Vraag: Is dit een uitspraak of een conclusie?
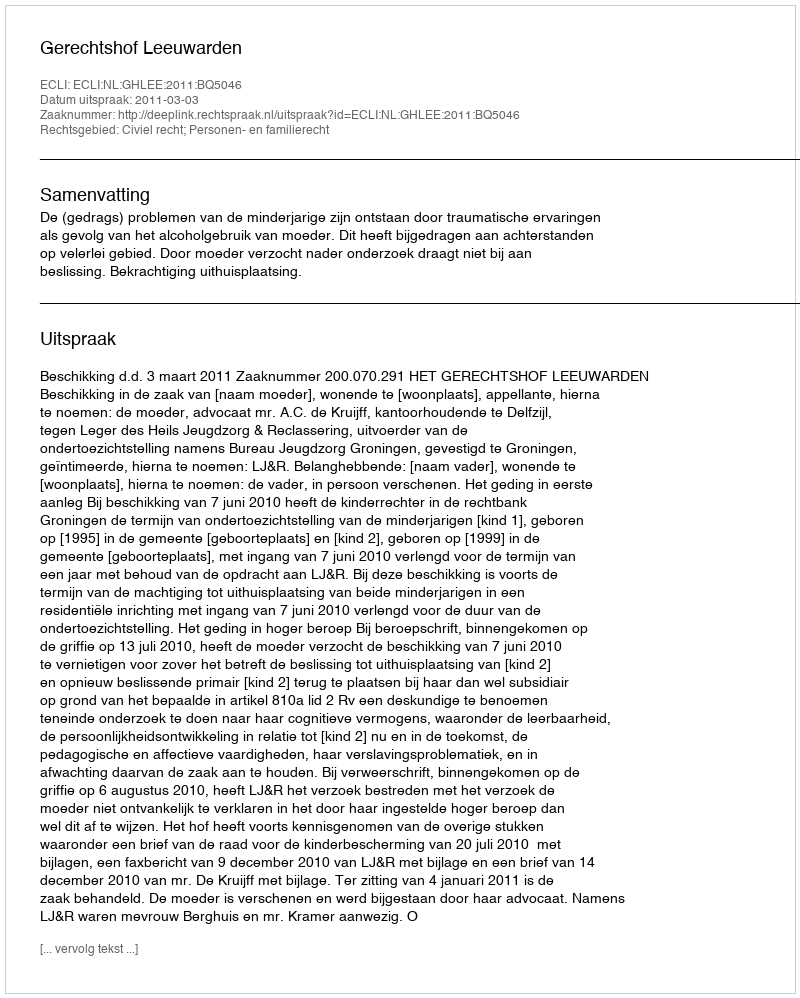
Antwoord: Uitspraak